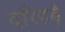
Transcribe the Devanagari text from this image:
दरिहड़े